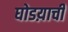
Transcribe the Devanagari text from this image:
घोडय़ाची